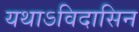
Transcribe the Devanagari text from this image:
यथाऽविदासिन